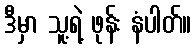
ဒီမှာ သူ့ရဲ့ ဖုန်း နံပါတ်။